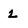
Character: 2